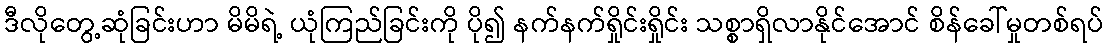
ဒီလိုတွေ့ဆုံခြင်းဟာ မိမိရဲ့ ယုံကြည်ခြင်းကို ပို၍ နက်နက်ရှိုင်းရှိုင်း သစ္စာရှိလာနိုင်အောင် စိန်ခေါ်မှုတစ်ရပ်